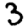
Digit: 3